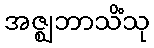
အဇ္ဈဘာသိံသု